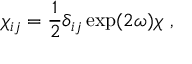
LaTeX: \chi _ { i j } = { \frac { 1 } { 2 } } \delta _ { i j } \exp ( 2 \omega ) \chi ~ ,